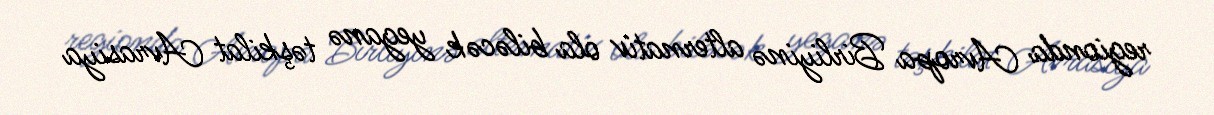
regionda Avropa Birliyinə alternativ ola biləcək yeganə təşkilat Avrasiya